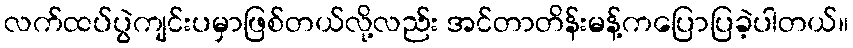
လက်ထပ်ပွဲကျင်းပမှာဖြစ်တယ်လို့လည်း အင်တာတိန်းမန့်ကပြောပြခဲ့ပါတယ်။